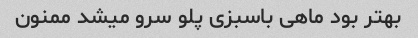
بهتر بود ماهی باسبزی پلو سرو میشد ممنون